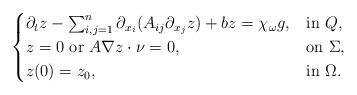
LaTeX: \begin{align*}\begin{cases}\partial_{t}z - \sum_{i,j=1}^n\partial_{x_i}(A_{ij}\partial_{x_j}z) + bz=\chi_{\omega}g, & \mbox{in} \ Q, \\z=0 \ \mbox{or} \ A\nabla z \cdot \nu =0, & \mbox{on} \ \Sigma, \\z(0)= z_{0}, & \mbox{in} \ \Omega. \end{cases}\end{align*}